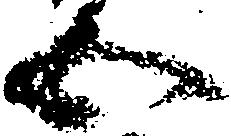
五